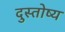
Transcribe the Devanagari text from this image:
दुस्तोष्य